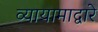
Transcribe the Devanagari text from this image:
व्यायामाद्वारे